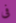
فى